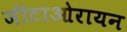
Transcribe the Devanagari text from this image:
जीटाओरायन